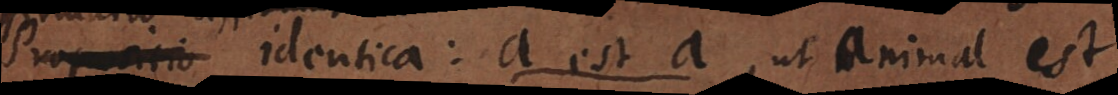
Propositio identica: a est a, ut animal est